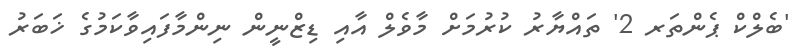
'ބެލްކް ޕެންތަރ 2' ތައްޔާރު ކުރުމަށް މާވެލް އާއި ޑިޒްނީން ނިންމާފައިވާކަމުގެ ޚަބަރު